Quinine and its salts - Number 41
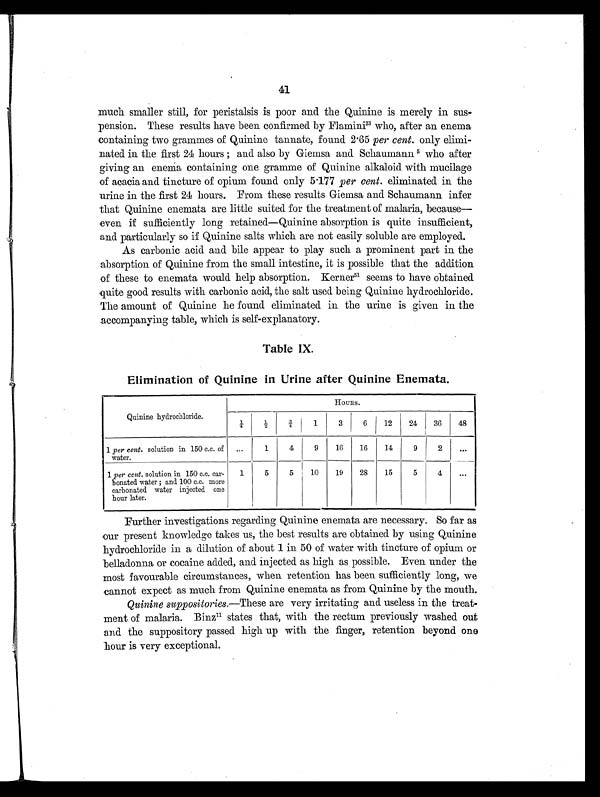
41
much smaller still, for peristalsis is poor and the Quinine is merely in sus-
pension. These results have been confirmed by Flamini 23 who, after an enema
containing two grammes of Quinine tannate, found 2.65 per cent. only elimi-
nated in the first 24 hours; and also by Giemsa and Schaumann 5 who after
giving an enema containing one gramme of Quinine alkaloid with mucilage
of acacia and tincture of opium found only 5.177 per cent. eliminated in the
urine in the first 24 hours. From these results Giemsa and Schaumann infer
that Quinine enemata are little suited for the treatment of malaria, because—
even if sufficiently long retained—Quinine absorption is quite insufficient,
and particularly so if Quinine salts which are not easily soluble are employed.
As carbonic acid and bile appear to play such a prominent part in the
absorption of Quinine from the small intestine, it is possible that the addition
of these to enemata would help absorption. Kerner5 1
s e e m s t o h a v e o b t a i n e d
quite good results with carbonic acid, the salt used being Quinine hydrochloride.
The amount of Quinine he found eliminated in the urine is given in the
accompanying table, which is self-explanatory.
Table IX.
Elimination of Quinine in Urine after Quinine Enemata.
Quinine hydrochloride.
HOURS.
¼
½
¾ 1
3
6
12
24
36
48
1 per cent. solution in 150 c.c. of
water.
...
1
4
9
16
16
14
9
2
...
1 per cent. solution in 150 c.c. car-
bonated water; and 100 c.c. more
carbonated water injected one
hour later.
1
5
5
10
19
28
15
5
4
. . .
Further investigations regarding Quinine enemata are necessary. So far as
our present knowledge takes us, the best results are obtained by using Quinine
hydrochloride in a dilution of about 1 in 50 of water with tincture of opium or
belladonna or cocaine added, and injected as high as possible. Even under the
most favourable circumstances, when retention has been sufficiently long, we
cannot expect as much from Quinine enemata as from Quinine by the mouth.
Quinine suppositories.— These are very irritating and useless in the treat-
ment of malaria. Binz 1 1
s t a t e s t h a t , w i t h t h e r e c t u m p r e v i o u s l y w a s h e d o u t
and the suppository passed high up with the finger, retention beyond one
hour is very exceptional.